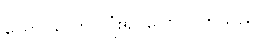
လှောင်လှောင်ပြုံး၍ ပြောလိုက်သည်။